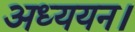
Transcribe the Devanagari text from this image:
अध्‍ययन।